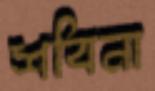
শবিনা